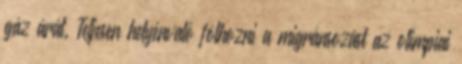
gáz árát. Teljesen helyénvaló fölhozni a migránsozást az olimpiai